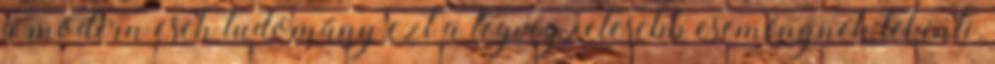
a modern cseh tudomány ezt a legvégzetesebb eseménynek tekinti,